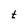
Character: t